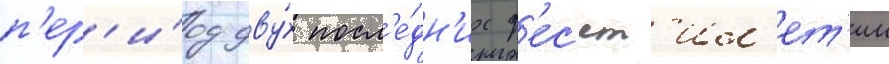
п'ер'и́од дву́х посл'е́дн'их д'ес'ят'ил'ет'ии